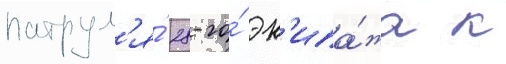
патрул'я́ 28-го́ эк'ипа́жа к